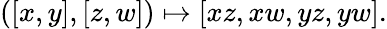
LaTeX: ([x,y],[z,w])\mapsto[xz,xw,yz,yw].